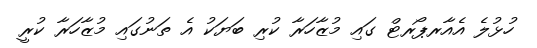
ހުޅުލެ އެއާރޕޯރޓް ގައި މުޒާހަރާ ކުރި ބަޔަކު އެ ތަނުގައި މުޒާހަރާ ކުރީ